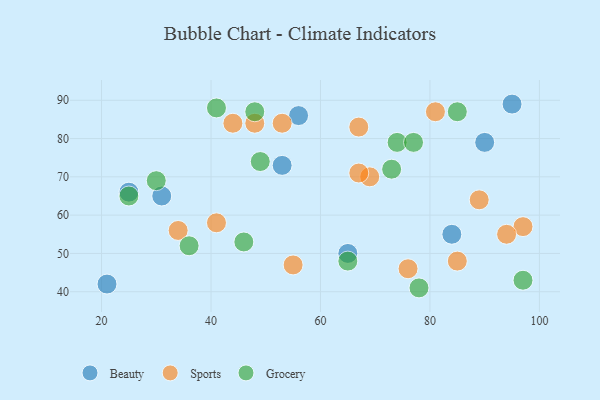
{"axis": {"x": "GDP", "y": "Life Expectancy"}, "legend": ["Beauty", "Grocery", "Sports"], "data": [{"x": "90", "y": 79, "type": "Beauty"}, {"x": "25", "y": 66, "type": "Beauty"}, {"x": "95", "y": 89, "type": "Beauty"}, {"x": "21", "y": 42, "type": "Beauty"}, {"x": "53", "y": 73, "type": "Beauty"}, {"x": "65", "y": 50, "type": "Beauty"}, {"x": "31", "y": 65, "type": "Beauty"}, {"x": "84", "y": 55, "type": "Beauty"}, {"x": "56", "y": 86, "type": "Beauty"}, {"x": "34", "y": 56, "type": "Sports"}, {"x": "53", "y": 84, "type": "Sports"}, {"x": "41", "y": 58, "type": "Sports"}, {"x": "97", "y": 57, "type": "Sports"}, {"x": "69", "y": 70, "type": "Sports"}, {"x": "67", "y": 83, "type": "Sports"}, {"x": "85", "y": 48, "type": "Sports"}, {"x": "55", "y": 47, "type": "Sports"}, {"x": "48", "y": 84, "type": "Sports"}, {"x": "94", "y": 55, "type": "Sports"}, {"x": "81", "y": 87, "type": "Sports"}, {"x": "76", "y": 46, "type": "Sports"}, {"x": "89", "y": 64, "type": "Sports"}, {"x": "44", "y": 84, "type": "Sports"}, {"x": "67", "y": 71, "type": "Sports"}, {"x": "74", "y": 79, "type": "Grocery"}, {"x": "41", "y": 88, "type": "Grocery"}, {"x": "73", "y": 72, "type": "Grocery"}, {"x": "85", "y": 87, "type": "Grocery"}, {"x": "36", "y": 52, "type": "Grocery"}, {"x": "97", "y": 43, "type": "Grocery"}, {"x": "49", "y": 74, "type": "Grocery"}, {"x": "77", "y": 79, "type": "Grocery"}, {"x": "48", "y": 87, "type": "Grocery"}, {"x": "25", "y": 65, "type": "Grocery"}, {"x": "78", "y": 41, "type": "Grocery"}, {"x": "65", "y": 48, "type": "Grocery"}, {"x": "30", "y": 69, "type": "Grocery"}, {"x": "46", "y": 53, "type": "Grocery"}]}